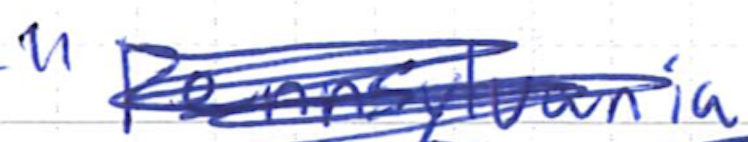
Text: "Pennsylvania
Cross-out: scratch
Writing tool: ballpoint